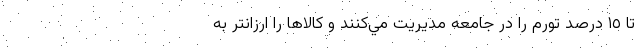
تا ١٥ درصد تورم را در جامعه مديريت مي‌كنند و کالاها را ارزانتر به